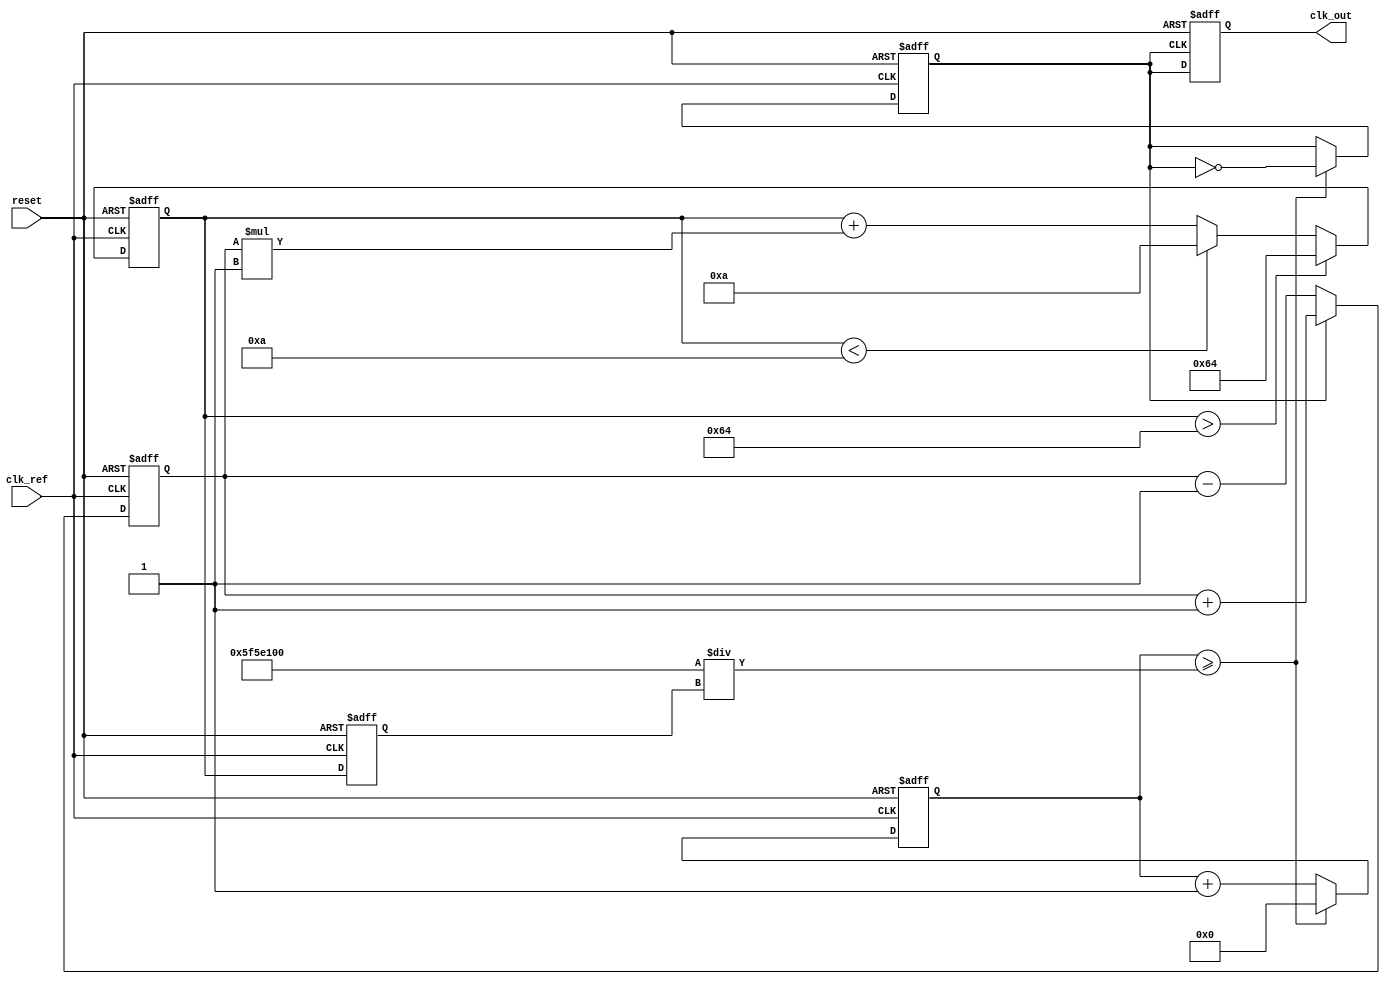
module PLL (
    input wire clk_ref,          // Reference clock input
    input wire reset,            // Reset signal
    output reg clk_out           // Output clock
);

// Parameters
parameter integer VCO_MAX_FREQ = 100; // Max VCO frequency
parameter integer VCO_MIN_FREQ = 10;   // Min VCO frequency
parameter integer LOOP_FILTER_GAIN = 1; // Loop filter gain

// Internal signals
reg [31:0] phase_error;            // Phase error signal
reg [31:0] control_voltage;         // Control voltage for VCO
reg [31:0] vco_freq;                // Current VCO frequency
reg vco_clk;                        // VCO clock output
reg [31:0] vco_counter;             // VCO counter for frequency generation

// Phase Detector (PD)
always @(posedge clk_ref or posedge reset) begin
    if (reset) begin
        phase_error <= 0;
    end else begin
        // Simple phase detection logic (for demonstration)
        // Compare reference clock and VCO clock
        if (vco_clk) begin
            phase_error <= phase_error + 1; // Increment for lead
        end else begin
            phase_error <= phase_error - 1; // Decrement for lag
        end
    end
end

// Loop Filter (LF)
always @(posedge clk_ref or posedge reset) begin
    if (reset) begin
        control_voltage <= 0;
    end else begin
        control_voltage <= control_voltage + (phase_error * LOOP_FILTER_GAIN);
        // Clamp control voltage to VCO min/max frequency
        if (control_voltage > VCO_MAX_FREQ) begin
            control_voltage <= VCO_MAX_FREQ;
        end else if (control_voltage < VCO_MIN_FREQ) begin
            control_voltage <= VCO_MIN_FREQ;
        end
    end
end

// Voltage-Controlled Oscillator (VCO)
always @(posedge clk_ref or posedge reset) begin
    if (reset) begin
        vco_freq <= VCO_MIN_FREQ;
        vco_counter <= 0;
        vco_clk <= 0;
    end else begin
        // Update VCO frequency based on control voltage
        vco_freq <= control_voltage;

        // Generate VCO clock output based on frequency
        if (vco_counter >= (100000000 / vco_freq)) begin // Assuming 100MHz reference clock
            vco_clk <= ~vco_clk; // Toggle VCO clock
            vco_counter <= 0;
        end else begin
            vco_counter <= vco_counter + 1;
        end
    end
end

// Feedback mechanism
always @(posedge vco_clk or posedge reset) begin
    if (reset) begin
        clk_out <= 0;
    end else begin
        clk_out <= vco_clk; // Output the VCO clock as the output clock
    end
end

endmodule